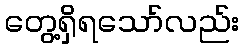
တွေ့ရှိရသော်လည်း